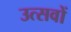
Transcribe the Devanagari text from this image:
उत्‍सवों